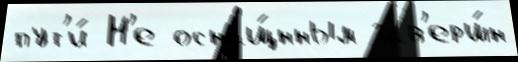
пут'и́ Н'е оснащ́нным зав'ерш́н